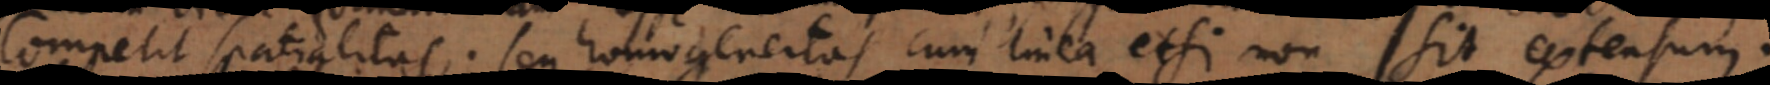
competit spatialitas seu homogeneitas cum linea, etsi non sit extensum.